Report on the working of the mental hospitals for Indians in Bihar and Orissa - 1925-1929
Year: 1925
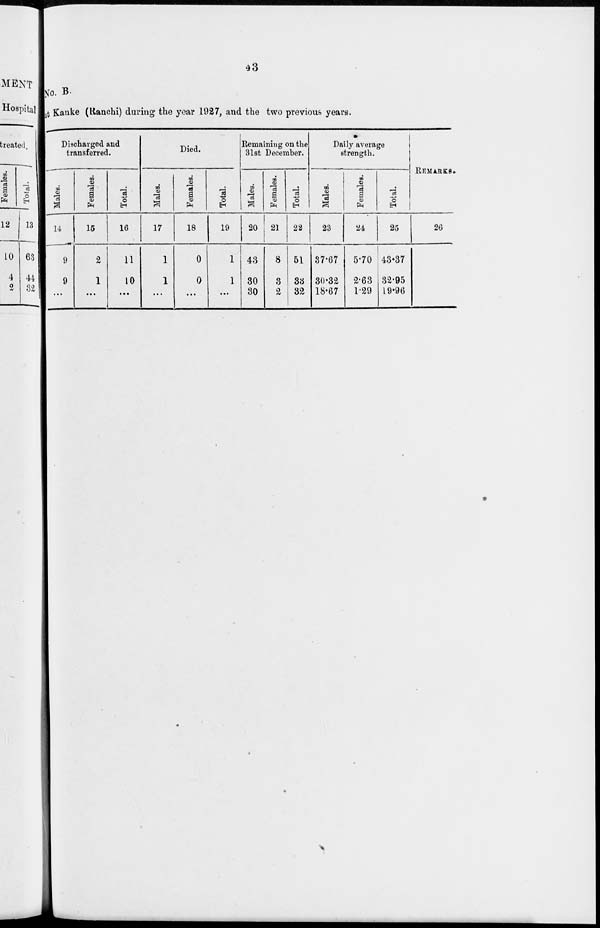
43
No. B.
at Kanke (Ranchi) during the year 1927, and the two previous years.
Discharged and
transferred.
Males.
14
9
9
...
Females.
15
2
1
...
Total.
16
11
10
...
Died.
Males.
17
1
1
...
Females.
18
0
0
...
Total.
19
1
1
...
Remaining on the
31st December.
Males.
20
43
30
30
Females.
21
8
3
2
Total.
22
51
33
32
Daily average
strength.
Males.
23
37.67
30.32
18.67
Females.
24
5.70
2.63
1.29
Total.
25
43.37
32.95
19.96
REMARKS.
26